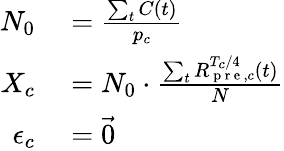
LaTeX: \begin{array}{rl}{N_{0}}&{{}=\frac{\sum_{t}C(t)}{p_{c}}}\\ {X_{c}}&{{}=N_{0}\cdot\frac{\sum_{t}R_{\mathrm{~p~r~e~},c}^{T_{c}/4}(t)}{N}}\\ {\epsilon_{c}}&{{}=\vec{0}}\end{array}